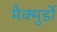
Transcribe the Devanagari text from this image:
मैक्मुर्डो